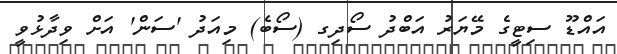
އައްޑޫ ސިޓީގެ މޭޔަރު އަބްދު ސޯދިގ (ސޯބެ) މިއަދު 'ސަން' އަށް ވިދާޅުވީ